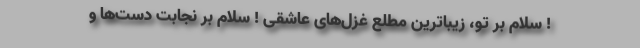
! سلام بر تو، زیباترین مطلع غزل‌های عاشقی ! سلام بر نجابت دست‌ها و